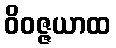
ဝိဝဇ္ဇယာထ